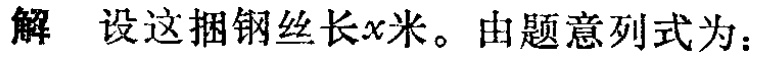
解 设这捆钢丝长\(x\)米。由题意列式为：